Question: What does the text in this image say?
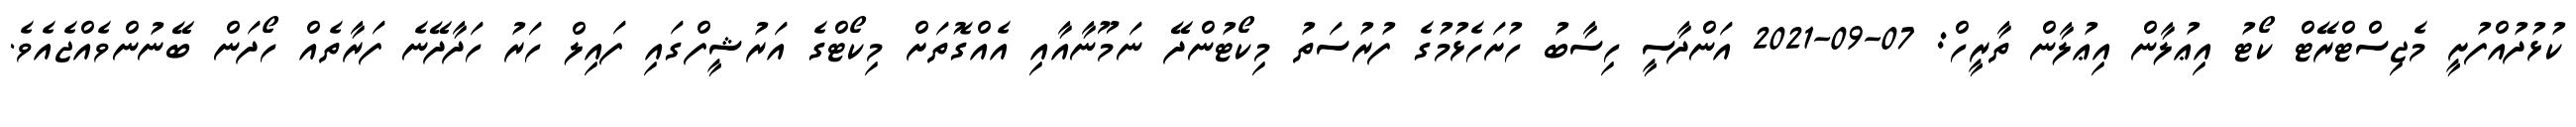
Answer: ކުޅުދުއްފުށީ މެޖިސްޓްރޭޓް ކޯޓު އިޢުލާން އިޢުލާން ތާރީހް: 07-09-2021 އަންދާސީ ހިސާބު ހުށަހެޅުމުގެ ފުރުސަތު މިކޯޓުންދޭ ނަމޫނާއާއި އެއްގޮތަށް މިކޯޓްގެ އަރުޝީފްގައި ފައިލް ހަރު ހަދާދޭނެ ފަރާތެއް ހޯދަން ބޭނުންވެއްޖެއެވެ.